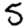
Digit: 5